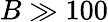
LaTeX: B\gg 100